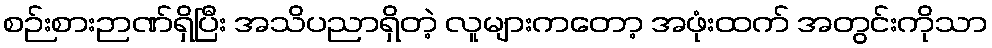
စဉ်းစားဉာဏ်ရှိပြီး အသိပညာရှိတဲ့ လူများကတော့ အဖုံးထက် အတွင်းကိုသာ